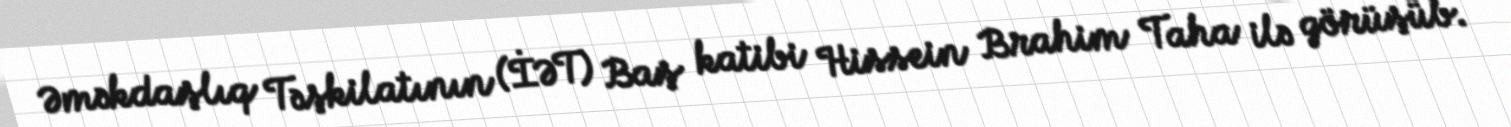
Əməkdaşlıq Təşkilatının (İƏT) Baş katibi Hissein Brahim Taha ilə görüşüb.